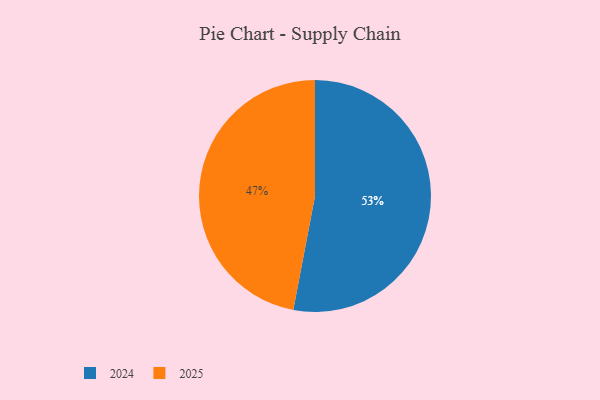
{"axis": {"x": "Category", "y": "Percentage"}, "legend": ["2024", "2025"], "data": [{"x": "2024", "y": 53, "type": "2024"}, {"x": "2025", "y": 47, "type": "2025"}]}